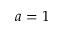
a = 1